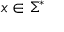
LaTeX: x \in \Sigma ^ { * }